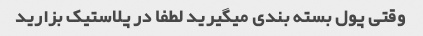
وقتی پول بسته بندی میگیرید لطفا در پلاستیک بزارید